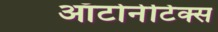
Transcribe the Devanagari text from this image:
ऑटोनेटिक्स